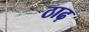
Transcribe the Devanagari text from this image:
ठाढ़